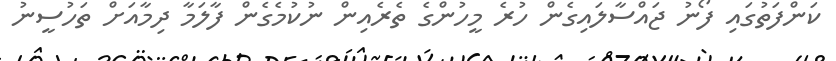
ކަންފަތުގައި ފޯނު ޖައްސާލައިގެން ހުރެ މީހުންގެ ތެރެއިން ނުކުމެގެން ފާލަމާ ދިމާއަށް ތަހުސީނު